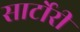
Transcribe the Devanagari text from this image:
सार्टोरी